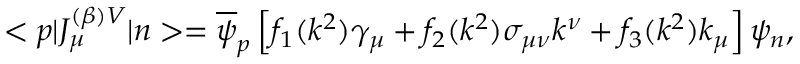
< p | J _ { \mu } ^ { ( \beta ) V } | n > = \overline { { \psi } } _ { p } \left[ f _ { 1 } ( k ^ { 2 } ) \gamma _ { \mu } + f _ { 2 } ( k ^ { 2 } ) \sigma _ { \mu \nu } k ^ { \nu } + f _ { 3 } ( k ^ { 2 } ) k _ { \mu } \right] \psi _ { n } ,